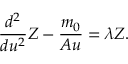
\frac { d ^ { 2 } } { d u ^ { 2 } } Z - \frac { m _ { 0 } } { A u } = \lambda Z .